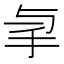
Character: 𢪓